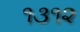
૧૩૧૨